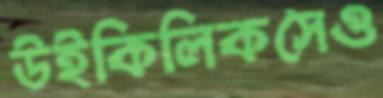
উইকিলিকসেও